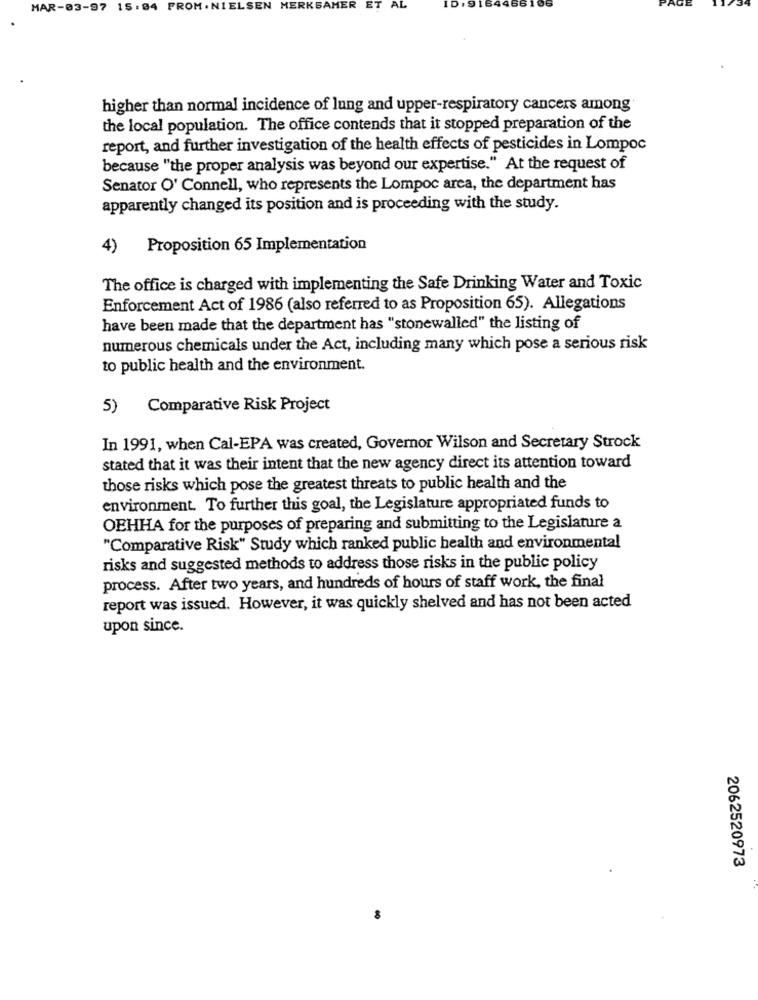
MAR-03-97 15:04 PROM. NIELSEN
MERKSAMER
ET
AL
ID.SI
1466
higher than normal incidence of lung and upper-respiratory cancers among
the local population. The office contends that it stopped preparation of the
report, and further investigation of the health effects of pesticides in Lompoc
because "the proper analysis was beyond our expertise." At the request of
Senator O' Connell, who represents the Lompoc area, the department has
apparently changed its position and is proceeding with the study.
4)
Proposition 65 Implementation
The office is charged with implementing the Safe Drinking Water and Toxic
Enforcement Act of 1986 (also referred to as Proposition 65). Allegations
have been made that the department has "stonewalled" the listing of
numerous chemicals under the Act, including many which pose a serious risk
to public health and the environment.
5) Comparative Risk Project
In 1991, when Cal-EPA was created, Governor Wilson and Secretary Strock
stated that it was their intent that the new agency direct its attention toward
those risks which pose the greatest threats to public health and the
environment. To further this goal, the Legislature appropriated funds to
OEHHA for the purposes of preparing and submitting to the Legislature a
"Comparative Risk" Study which ranked public health and environmental
risks and suggested methods to address those risks in the public policy
process. After two years, and hundreds of hours of staff work, the final
report was issued. However, it was quickly shelved and has not been acted
upon since.
2062520973